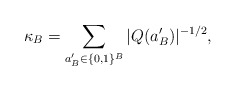
\begin{align*}\kappa_{B}=\sum_{a'_{B}\in\{0,1\}^{B}}|Q(a_{B}')|^{-1/2},\end{align*}